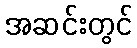
အဆင်းတွင်